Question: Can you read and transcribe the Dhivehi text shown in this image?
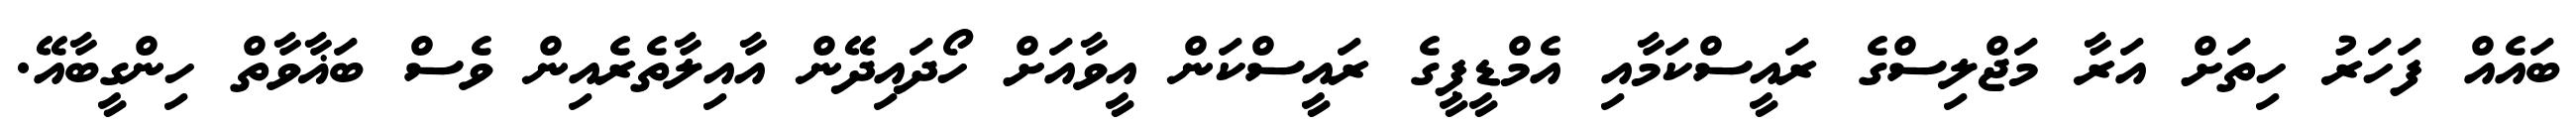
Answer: ބައެއް ފަހަރު ހިތަށް އަރާ މަޖްލިސްގެ ރައީސްކަމާއި އެމްޑީޕީގެ ރައީސްކަން އީވާއަށް ހޯދައިދޭން އާއިލާތެރެއިން ވެސް ބަޣާވާތް ހިންގީބާއޭ.